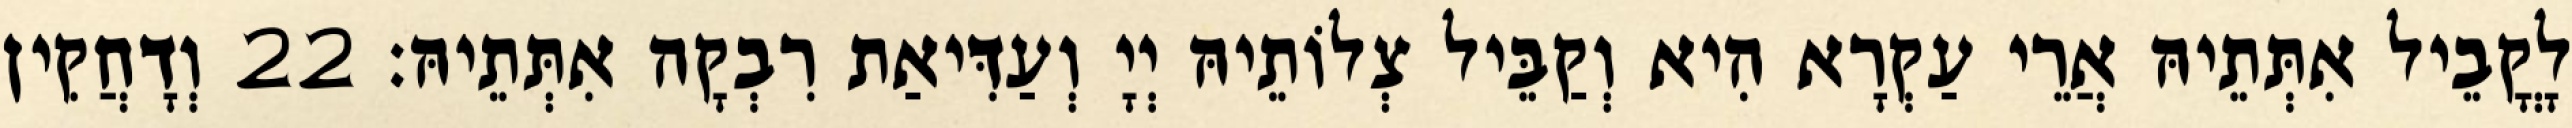
לָקֳבֵיל אִתְּתֵיהּ אֲרֵי עַקְרָא הִיא וְקַבֵּיל צְלוֹתֵיהּ יְיָ וְעַדִּיאַת רִבְקָה אִתְּתֵיהּ׃ 22 וְדָחֲקִין